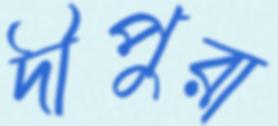
দীপুরা